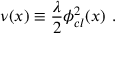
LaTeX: \nu ( x ) \equiv { \frac { \lambda } { 2 } } \phi _ { c l } ^ { 2 } ( x ) \, \, .